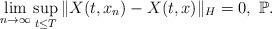
LaTeX: \begin{align*}\lim_{n\rightarrow\infty}\sup_{t\leq T}\Vert X(t, x_n)-X(t, x)\Vert_H = 0, \ \mathbb{P} .\end{align*}